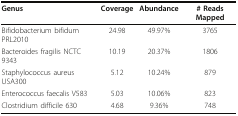
<table><thead><tr><td><b>Genus</b></td><td><b>Coverage</b></td><td><b>Abundance</b></td><td><b># Reads Mapped</b></td></tr></thead><tbody><tr><td>Bifidobacterium bifidum PRL2010</td><td>24.98</td><td>49.97%</td><td>3765</td></tr><tr><td>Bacteroides fragilis NCTC 9343</td><td>10.19</td><td>20.37%</td><td>1806</td></tr><tr><td>Staphylococcus aureus USA300</td><td>5.12</td><td>10.24%</td><td>879</td></tr><tr><td>Enterococcus faecalis V583</td><td>5.03</td><td>10.06%</td><td>823</td></tr><tr><td>Clostridium difficile 630</td><td>4.68</td><td>9.36%</td><td>748</td></tr></tbody></table>